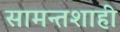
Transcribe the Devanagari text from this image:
सामन्तशाही